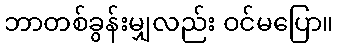
ဘာတစ်ခွန်းမျှလည်း ဝင်မပြော။